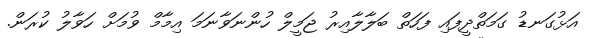
އަޅުގަނޑު ގަމަތްދީފައި ފަހަތް ބަލާލާއިރު ޖަމީލް ހުންނަވާނަމަ އިމާމް ވުމަށް ހަވާލު ކުރަން.